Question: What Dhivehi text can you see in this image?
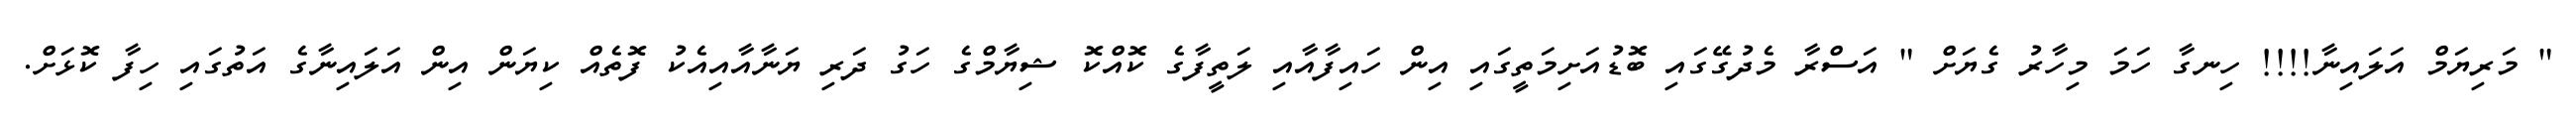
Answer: " މަރިޔަމް އަލައިނާ!!!! ހިނގާ ހަމަ މިހާރު ގެޔަށް " އަސްރާ މެދުގޭގައި ބޮޑުއަށިމަތީގައި އިން ހައިފާއާއި ލަތީފާގެ ކޮއްކޮ ޝިޔާމްގެ ހަގު ދަރި ޔަނާއާއިއެކު ފޮތެއް ކިޔަން އިން އަލައިނާގެ އަތުގައި ހިފާ ކޮޅަށް.